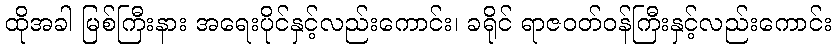
ထိုအခါ မြစ်ကြီးနား အရေးပိုင်နှင့်လည်းကောင်း၊ ခရိုင် ရာဇဝတ်ဝန်ကြီးနှင့်လည်းကောင်း